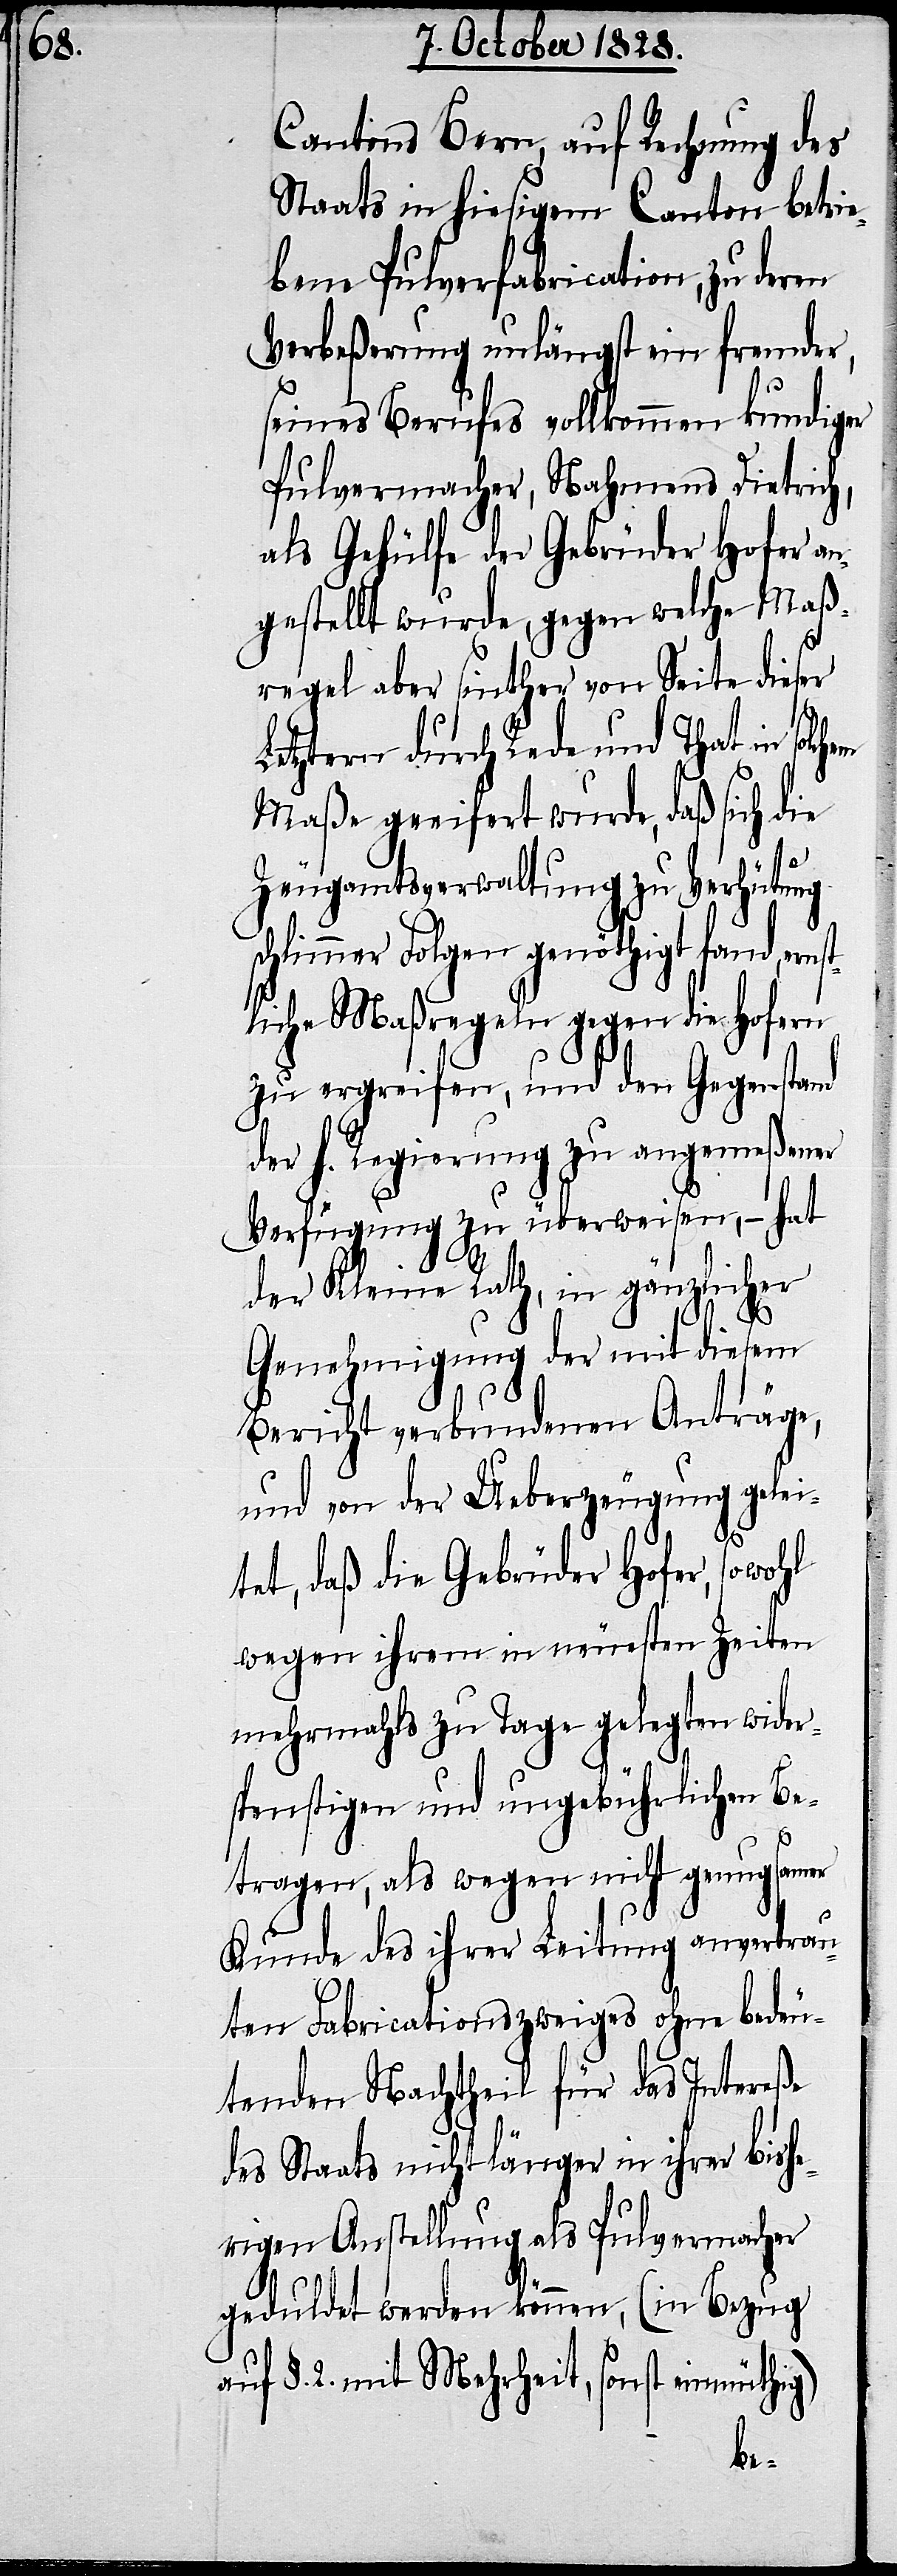
nst¬

Cantons Bern, auf Rechnung des
Staats in hiesigem Canton betrie¬
bene Pulverfabrication, zu deren
Verbeßerung unlängst ein fremder,
seines Berufes vollkommen kundiger
Pulvermacher, Nahmens Dietrich,
als Gehülfe der Gebrüder Hofer an¬
gestellt wurde, gegen welche Maß¬
regel aber sinther von Seite dieser
Letztern durch Rede und That in
Maße geeifert wurde, daß sich die
Zeugamtsverwaltung zu Verhütung
hlimmer Folgen genöthigt fand, er¬
liche Maßregeln gegen die Hofern
zu ergreifen, und den Gegenstand
der h. Regierung zu angemeßener
Verfügung zu überweisen, – hat
der Kleine Rath, in gänzlicher
Genehmigung der mit diesem
Bericht verbundenen Anträge,
und von der Ueberzeugung geleis¬
tet, daß die Gebrüder Hofer, so
wegen ihrem in neuesten Zeiten
mehrmahls zu Tage gelegten wider¬
spenstigen und ungebührlichen Be¬
tragen, als wegen nicht genugsamer
Kunde des ihrer Leitung anvertrau¬
ten Fabricationszweiges ohne bedeu¬
tenden Nachtheil für das Intereße
des Staats nicht länger in ihrer bishe¬
rigen Anstellung als Pulvermacher
geduldet werden können, (in Bezug
auf §. 2. mit Mehrheit, sonst einmüthig)